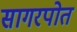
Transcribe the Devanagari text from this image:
सागरपोत